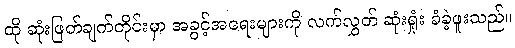
ထို ဆုံးဖြတ်ချက်တိုင်းမှာ အခွင့်အရေးများကို လက်လွှတ် ဆုံးရှုံး ခံခဲ့ဖူးသည်။